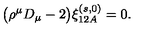
\bigl ( \rho ^ { \mu } D _ { \mu } - 2 \bigr ) \xi _ { 1 2 A } ^ { ( s , 0 ) } = 0 .